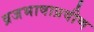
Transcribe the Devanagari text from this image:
व्रजभाषाप्रवीण